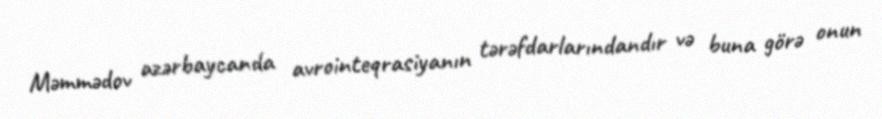
Məmmədov azərbaycanda avrointeqrasiyanın tərəfdarlarındandır və buna görə onun